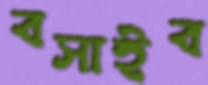
বসাইব